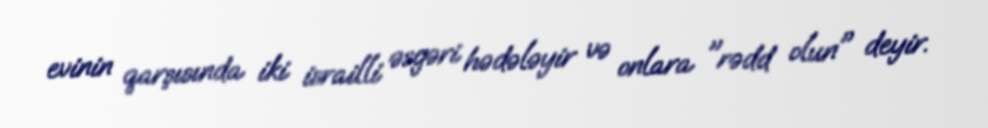
evinin qarşısında iki israilli əsgəri hədələyir və onlara "rədd olun" deyir.